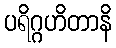
ပရိဂ္ဂဟိတာနိ